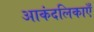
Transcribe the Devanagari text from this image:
आकंदलिकाएँ